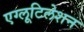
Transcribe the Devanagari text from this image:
एग्लूटिलेशन